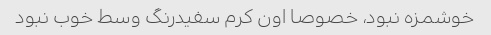
خوشمزه نبود، خصوصا اون کرم سفیدرنگ وسط خوب نبود